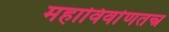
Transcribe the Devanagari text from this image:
महाविर्वाणतन्त्र